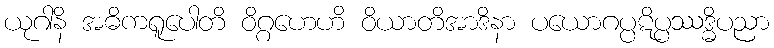
ယုဂါနိ အဓိကရူပေါတိ ဝိဂ္ဂဟေဟိ ဝိယာတိအာဒိနာ ပယောဂပ္ပဋိပ္ပဿဒ္ဓိပညာ